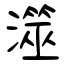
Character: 澨